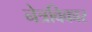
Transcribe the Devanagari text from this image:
नेत्रविकार